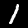
Digit: 1